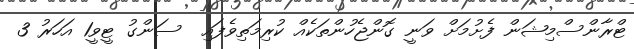
ޓްރާންސްމިޝަން ފެށުމަށް ވަނީ ގޮންޖެހުންތަކެއް ކުރިމަތިވެފައި  ސަންގު ޓީވީ1 އަހަރު 3